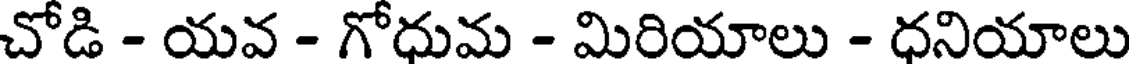
చోడి - యవ - గోధుమ - మిరియాలు - ధనియాలు